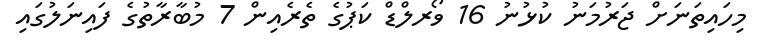
މިހައިތަނަށް ޖަރުމަނު ކުޅުނު 16 ވޯރލްޑް ކަޕުގެ ތެރެއިން 7 މުބާރާތުގެ ފައިނަލުގައި